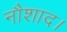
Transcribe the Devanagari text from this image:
नौशाद।